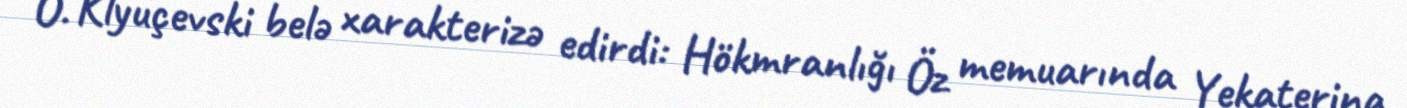
O. Klyuçevski belə xarakterizə edirdi: Hökmranlığı Öz memuarında Yekaterina